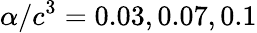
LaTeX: \alpha/c^{3}={0.03,0.07,0.1}